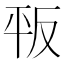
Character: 𢆕